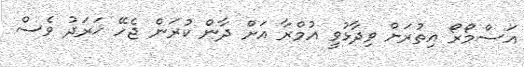
އަސްމޯރޯ އިތުރަށް ވިދާޅުވީ އުމްރާ އަށް ދާން ކުރަން ޖެހޭ ޚަރަދު ވެސް